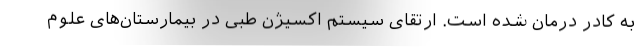
به کادر درمان شده است. ارتقای سیستم اکسیژن طبی در بیمارستان‌های علوم